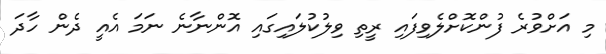
މި އަށްވުރެ ފުންކޮށްލެވިފައި ރީތި ވިލުކުލައިގައި އޮންނާނެ ނަމަ އެއީ ދެން ހާދަ